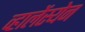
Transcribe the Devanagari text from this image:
व्हालेंस्येन